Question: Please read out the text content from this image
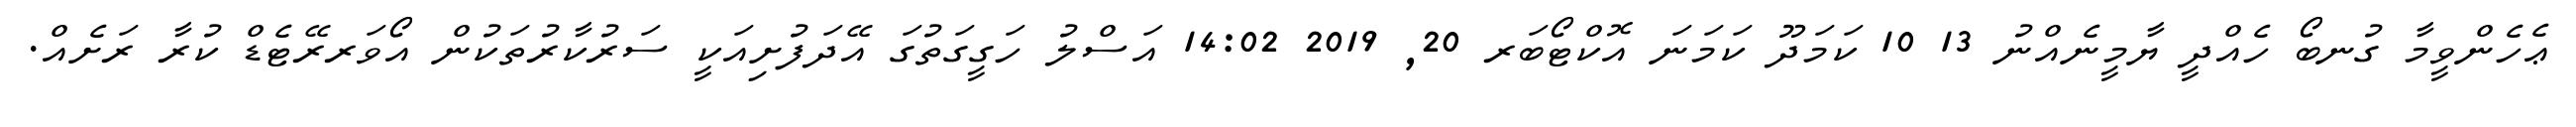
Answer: ޢެހެންވީމާ ގުނބޯ ހެއްދީ ޔާމީނެއްނު 13 10 ކަމަދޫ ކަމަނަ އޮކްޓޯބަރ 20, 2019 14:02 އަސްލު ހަގީގަތުގަ އޭދަފުށިއަކީ ސަރުކާރުތަކުން އޯވަރރޭޓެޑް ކުރާ ރަށެއް.